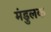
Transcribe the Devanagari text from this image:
मंडुलक